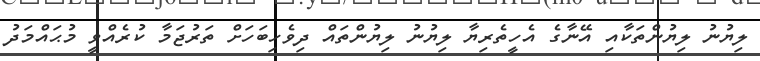
ލިޔުނު ލިޔުންތަކާއި އޭނާގެ އެހީތެރިޔާ ލިޔުނު ލިޔުންތައް ދިވެހިބަހަށް ތަރުޖަމާ ކުރެއްވީ މުޙައްމަދު